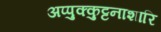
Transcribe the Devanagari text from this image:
अप्पुक्कुट्टनाशारि